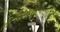
તાજાસમાચારસૌથી